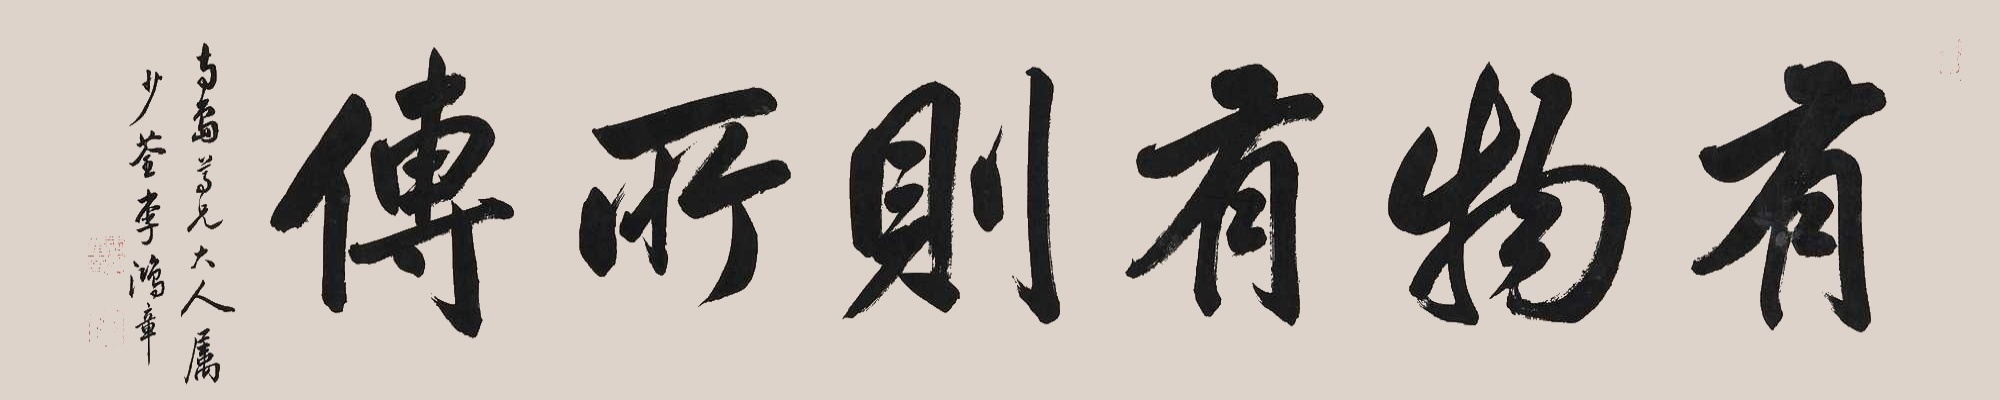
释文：有物有则所传。南岛道兄大人属，少荃李鸿章。